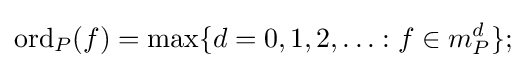
\operatorname {ord} _{P}(f)=\max\{d=0,1,2,\ldots :f\in m_{P}^{d}\};